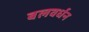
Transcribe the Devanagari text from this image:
बलवर्धन